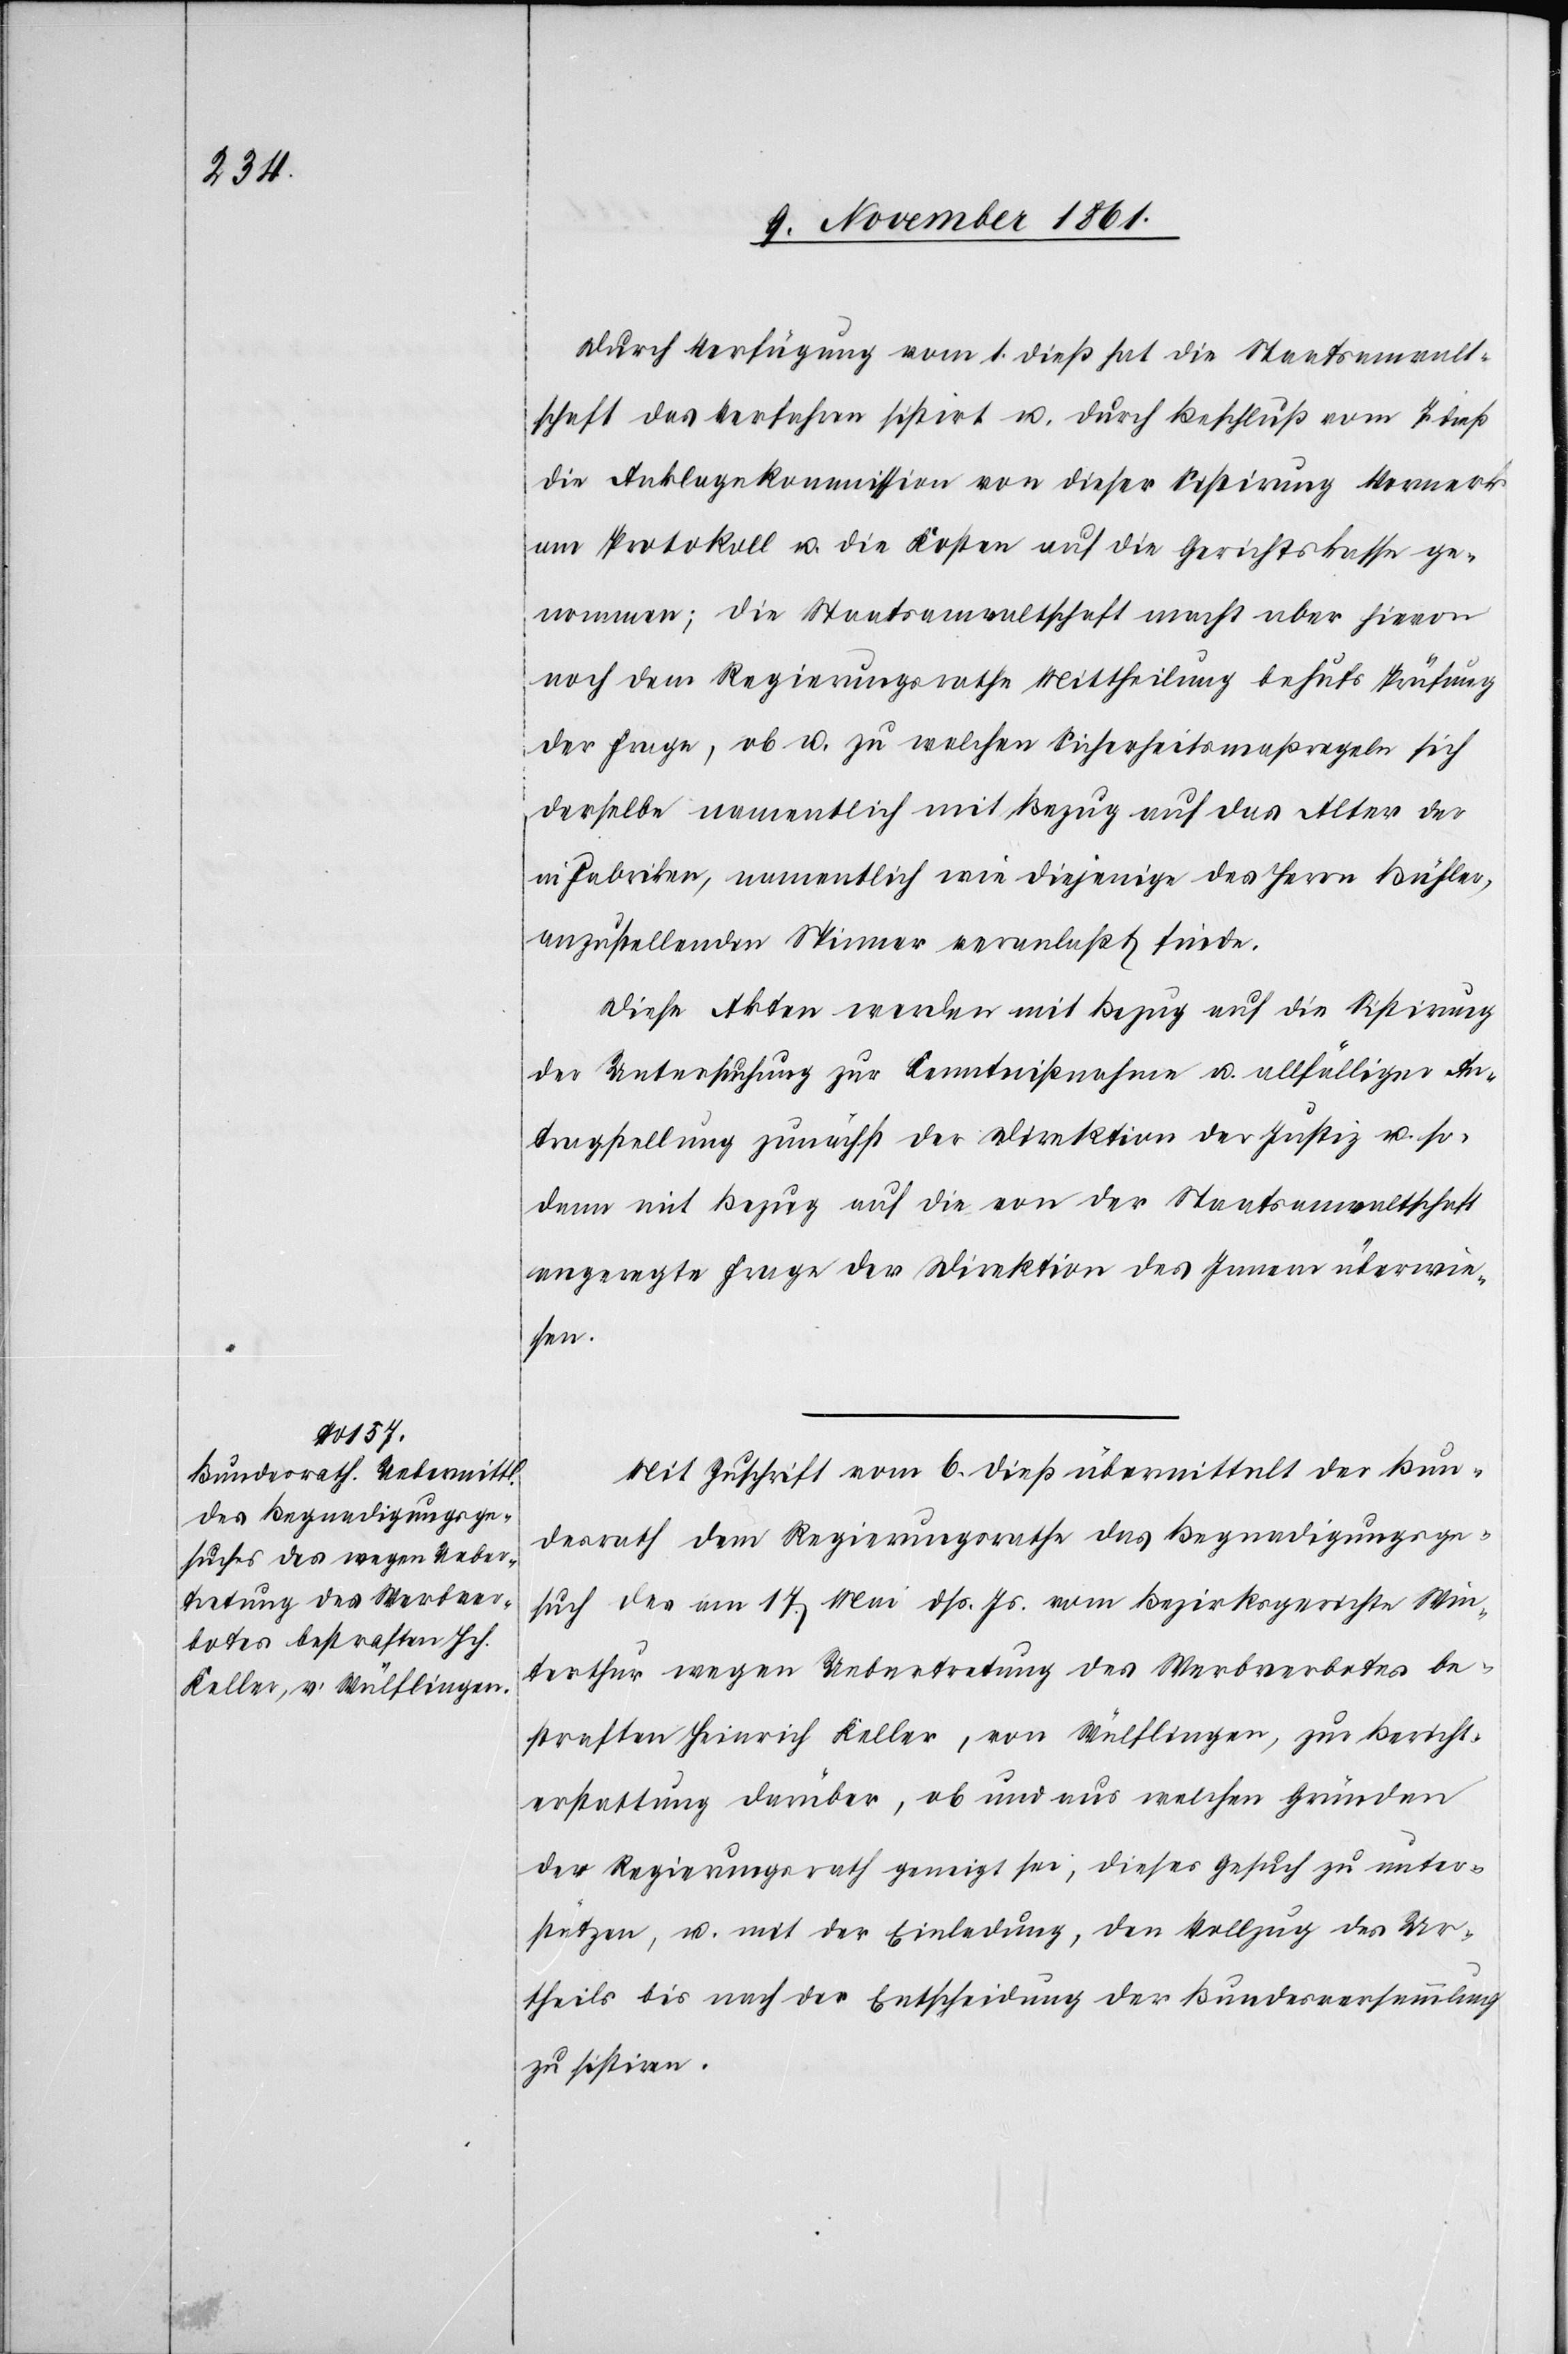
Durch Verfügung vom 1 dieß hat die Staatsanwalt¬
schaft das Verfahren sistirt u. durch Beschluß vom 7 dieß
die Anklagekommission von dieser Sistirung Vormerk
am Protokoll u. die Kosten auf die Gerichtskasse ge¬
nommen; die Staatsanwaltschaft macht aber hievon
noch dem Regierungsrathe Mittheilung behufs Prüfung
der Frage, ob u. zu welchen Sicherheitsmaßregeln sich
derselbe namentlich mit Bezug auf das Alter der
in Fabriken, namentlich wie diejenige des Herrn Bühler,
anzustellenden Spinner veranlaßt finde.
Diese Akten werden mit Bezug auf die Sistirung
der Untersuchung zur Kenntnißnahme u. allfälligen An¬
tragstellung zunächst der Direktion der Justiz u. so¬
dann mit Bezug auf die von der Staatsanwaltschaft
angesagte Frage der Direktion des Innern überwie¬
sen.
Mit Zuschrift vom 6 dieß übermittelt der Bun¬
desrath dem Regierungsrathe das Begnadigungsge¬
such des am 17 Mai dß. Js. vom Bezirksgerichte Win¬
terthur wegen Uebertretung des Werbverbotes be¬
straften Heinrich Keller, von Wülflingen, zur Bericht¬
erstattung darüber, ob und aus welchen Gründen
der Regierungsrath geneigt sei, dieses Gesuch zu unter¬
stützen, u. mit der Einladung, den Vollzug des Ur¬
theils bis nach der Entscheidung der Bundesversammlung
zu sistiren.